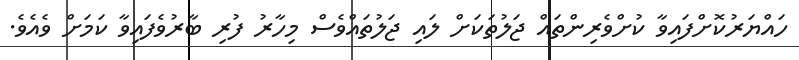
ހައްޔަރުކޮށްފައިވާ ކުށްވެރިންތައް ޖަލުތަކަށް ލައި ޖަލުތައްވެސް މިހާރު ފުރި ބާރުވެފައިވާ ކަމަށް ވެއެވެ.